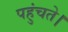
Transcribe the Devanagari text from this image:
पहुंचते।